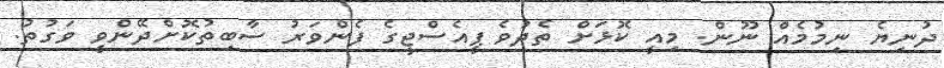
ދުނިޔެ ނިމުމެއް ނޫން. މިއީ ކޮޅަށް ތެދުވެ ޕީއެސްޖީގެ ފެންވަރު ސާބިތުކޮށްދޭންވީ ވަގުތު.